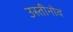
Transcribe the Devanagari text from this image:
उस्तीनोव